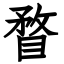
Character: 瞀